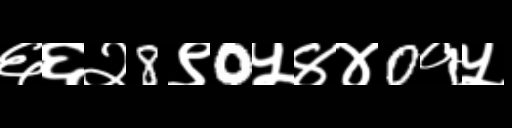
Text: ६६२8९0५४४0१५